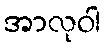
အာလုဝါ